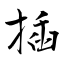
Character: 揷